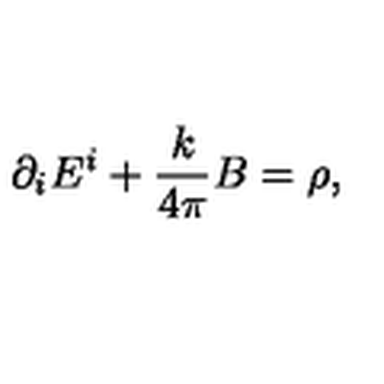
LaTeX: \partial _ { i } E ^ { i } + \frac { k } { 4 \pi } B = \rho ,